Report of the veterinary officer investigating camel disease
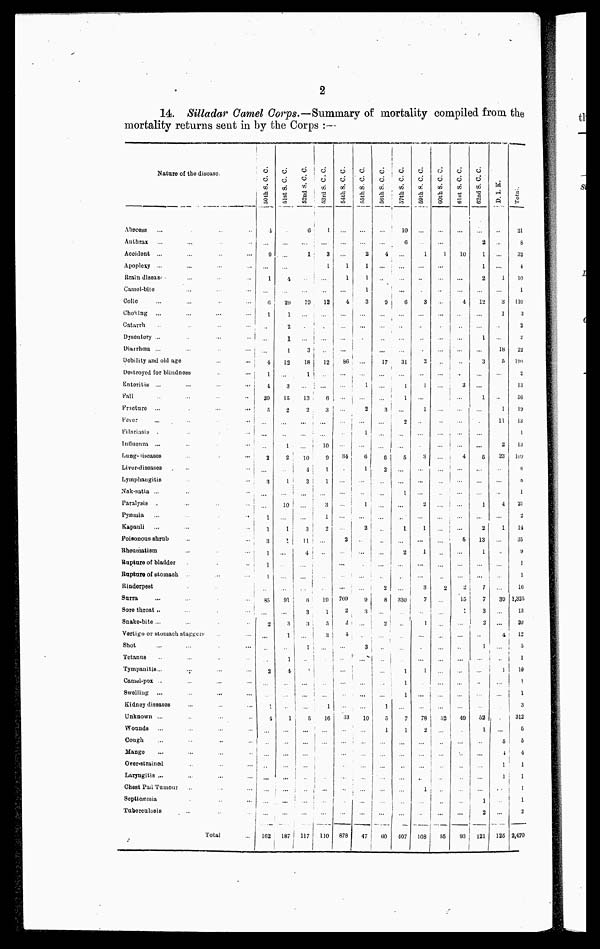
2
14 Silladar Camel Corps.—Summary of mortality compiled from the
mortality returns sent in by the Corps :—
Nature of the disease.
Abscess
Anthrax
Accident ...
Apoplexy ...
Brain disease
Camel-bite
Colio
Choking
...
Catarrh
Dysentory ...
Diarrhoea ...
...
...
Debility and old age
...
...
Destroyed for blindness
...
Enteritis
...
...
...
...
Fall
...
...
..
Fracture ...
...
...
Fever
...
..
...
Filariasis
.
...
Influenza ...
..
...
Lung-diseases
...
Liver-diseases
..
...
Lymphangitis
...
Nak-satta ...
Paralysis ..
...
...
Pyæmia
Kapauli
...
...
..
Poisonous shrub
Rheumatism
Bupture of bladder
Bupture of stomach
Rinderpest
Surra
Sore throat..
...
...
Snake-bite ...
Vertigo or stomaoh staggers
Shot
Tetanus
Tympanitis...
Camel.pox ..
Swelling
...
Kidney diseases
Unknown ...
Wounds
...
Cough
Mango
Over.strained
Laryngitis ...
Chest Fad Tumour
Septicæmia
Tuberculosis
Total
50th S. C. C.
4
...
9
...
1
...
6
1
...
...
...
4
1
4
20
5
...
...
...
2
...
3
...
...
1
1
8
1
1
1
...
85
...
2
...
...
...
2
...
...
1
4
...
..
...
...
...
...
...
...
162
51st S. C. C.
...
...
...
...
4
...
20
1
2
1
1
12
...
3
15
2
...
...
1
2
...
1
...
10
...
1
2
...
...
...
...
91
...
3
1
...
1
4
...
...
...
1
...
...
...
...
...
...
...
...
187
52nd S. C. C.
6
...
1
...
...
...
10
...
...
...
3
18
1
...
13
2
...
...
...
10
4
3
...
...
...
3
11
4
...
...
...
6
3
3
...
1
...
...
...
...
...
5
...
...
...
...
...
...
...
...
117
53rd S. C. C.
1
...
3
1
...
...
12
...
...
...
...
12
...
...
6
3
...
...
10
9
1
1
3
1
2
...
...
...
...
...
151
1
3
3
...
...
...
...
...
1
16
...
...
...
...
...
...
...
...
110
54th S. C. C.
...
...
...
1
1
...
4
...
...
...
...
86
...
...
...
...
....
...
...
34
...
...
...
...
...
...
3
...
...
...
...
709
2
2
4
...
...
...
...
...
...
33
...
...
...
.....
878
55th S. C. C.
....
...
2
1
1
1
3
...
...
...
...
...
...
1
...
2
...
1
...
6
1
1
...
2
...
...
...
...
...
9 1
...
...
3
...
...
...
...
10
...
...
...
...
...
...
...
...
47
56th S. C. C.
...
...
4
...
...
...
9
...
...
....
...
17
...
...
...
3
...
...
...
6
2
...
...
...
...
...
...
...
...
..
...
8
...
2
...
...
...
...
...
...
1
0
1
...
...
...
...
...
...
...
60
57th S. C. C.
10
6
...
...
...
...
6
...
...
...
...
31
....
1
1
...
2
...
...
5
...
...
1
...
...
1
...
2
...
...
...
330
...
...
...
...
...
1
1
1
...
7
1
...
...
...
...
...
...
...
407
59th S. C. C.
...
..
1
...
...
...
3
...
...
...
...
2
...
1
...
1
...
...
...
3
...
...
...
2
...
1
...
1
...
...
3
7
...
1
...
...
...
1
...
...
...
78
2
...
...
...
...
1
...
...
108
60th
S. C. C.
...
...
1
...
...
...
...
...
...
...
...
...
...
...
...
...
...
...
...
...
...
...
...
...
...
...
...
...
...
...
2
...
...
...
...
...
...
...
...
...
...
52
...
..
...
...
...
...
...
...
55
61st S. C. C.
...
...
10
...
...
...
4
...
...
...
...
...
...
3
...
...
...
...
...
4
...
...
...
...
...
...
5
...
...
...
...
15
1
...
...
...
...
...
...
...
...
49
...
...
...
...
...
...
...
...
93
62nd S. C. C.
...
2
1
1
2
...
12
...
...
1
...
3
...
...
1
...
...
...
...
5
...
...
...
1
...
2
13
1
...
...
7
7
3
2
...
1
...
...
...
...
...
52
1
...
...
...
...
...
1
2
121
D. I. K.
...
...
...
...
1
...
3
1
...
...
18
5
...
...
...
1
11
...
2
23
...
...
...
4
...
1
...
...
...
...
...
39
..
...
4
...
...
1
...
...
...
...
...
5
4
1
1
...
...
...
125
Total
21
8
32
4
10
1
110
3
2
2
22
190
2
13
56
10
13
1
13
109
8
8
1
21
2
14
35
9
1
1
16
1,325
13
20
12
5
1
10
1
1
3
312
5
5
4
1
1
1
1
2
2,470